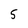
Character: 5